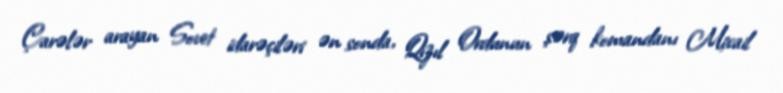
Çarələr arayan Sovet idarəçiləri ən sonda, Qızıl Ordunun şərq komandanı Mixail